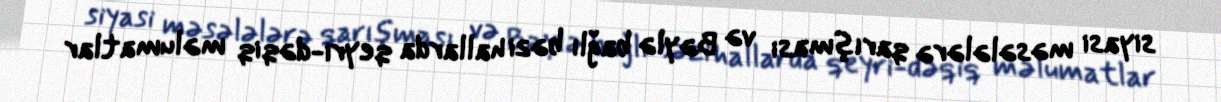
siyasi məsələlərə qarışması və Bəylə bağlı bəzi hallarda qeyri-dəqiq məlumatlar